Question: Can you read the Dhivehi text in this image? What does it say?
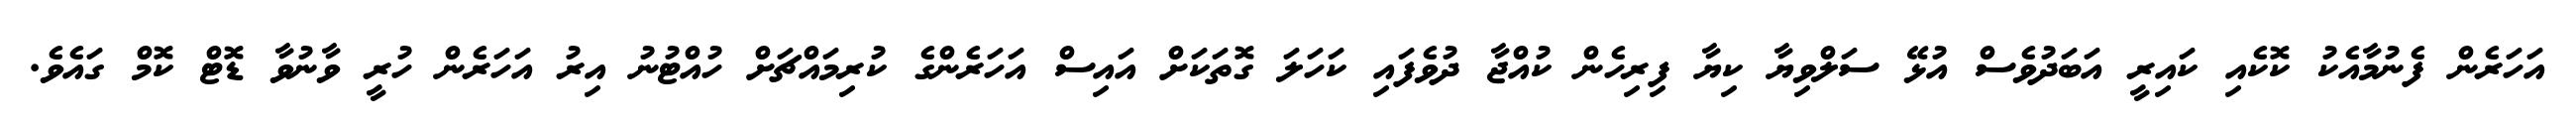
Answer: އަހަރެން ފެނުމާއެކު ކޮކެއި ކައިރީ އަބަދުވެސް އުޅޭ ސަލްވިޔާ ކިޔާ ފިރިހެން ކުއްޖާ ދުވެފައި ކަހަލަ ގޮތަކަށް އައިސް އަހަރެންގެ ކުރިމައްޗަށް ހުއްޓުނު އިރު އަހަރެން ހުރީ ވާނުވާ ޑޮޓް ކޮމް ގައެވެ.